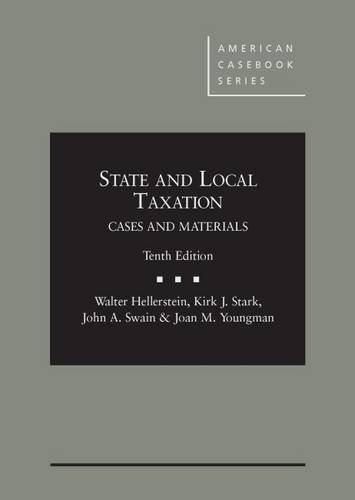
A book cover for State and Local Taxation (American Casebook Series); Walter Hellerstein; Law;